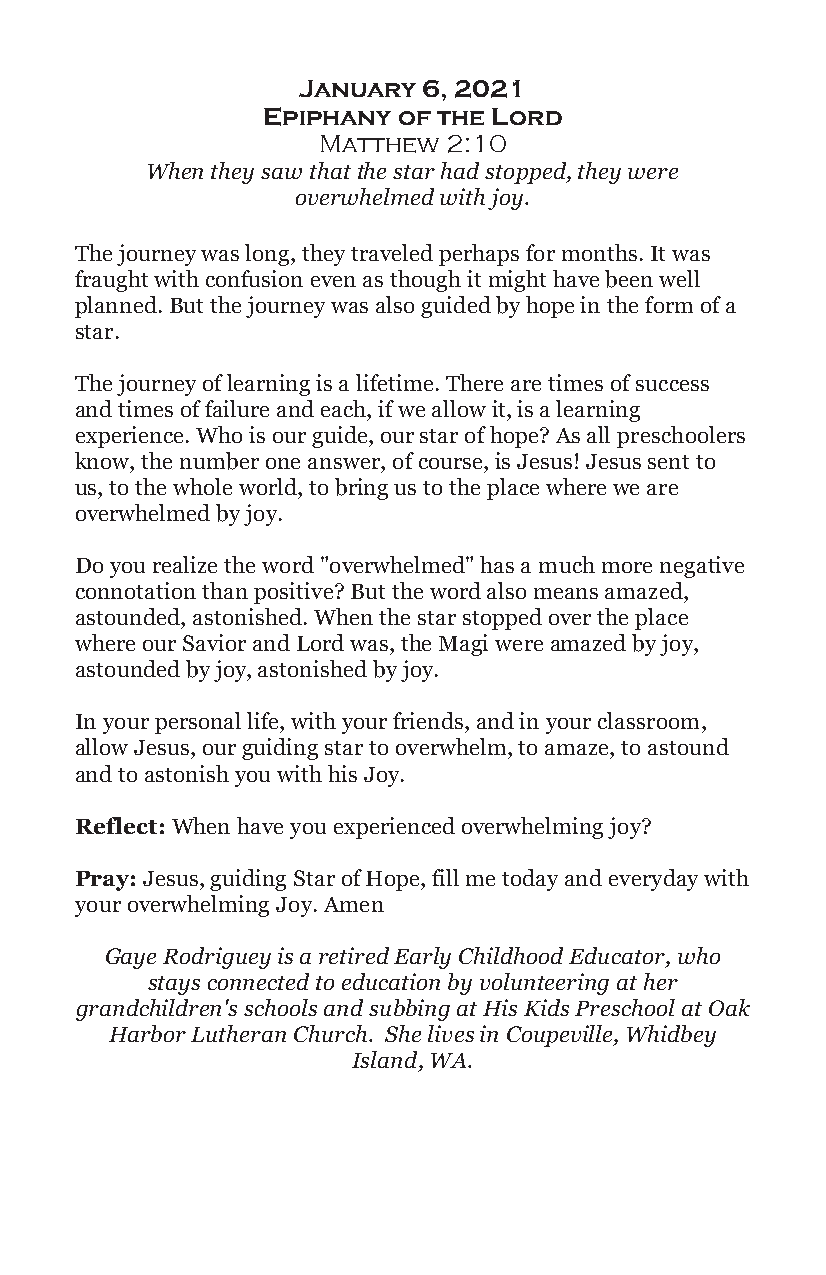
January 6, 2021
 Epiphany of the Lord
 Matthew 2:10
 When they saw that the star had stopped, they were
 overwhelmed with joy.
 The journey was long, they traveled perhaps for months. It was
 fraught with confusion even as though it might have been well
 planned. But the journey was also guided by hope in the form of a
 star.
 The journey of learning is a lifetime. There are times of success
 and times of failure and each, if we allow it, is a learning
 experience. Who is our guide, our star of hope? As all preschoolers
 know, the number one answer, of course, is Jesus! Jesus sent to
 us, to the whole world, to bring us to the place where we are
 overwhelmed by joy.
 Do you realize the word "overwhelmed" has a much more negative
 connotation than positive? But the word also means amazed,
 astounded, astonished. When the star stopped over the place
 where our Savior and Lord was, the Magi were amazed by joy,
 astounded by joy, astonished by joy.
 In your personal life, with your friends, and in your classroom,
 allow Jesus, our guiding star to overwhelm, to amaze, to astound
 and to astonish you with his Joy.
 Reflect: When have you experienced overwhelming joy?
 Pray: Jesus, guiding Star of Hope, fill me today and everyday with
 your overwhelming Joy. Amen
 Gaye Rodriguey is a retired Early Childhood Educator, who
 stays connected to education by volunteering at her
 grandchildren's schools and subbing at His Kids Preschool at Oak
 Harbor Lutheran Church. She lives in Coupeville, Whidbey
 Island, WA.